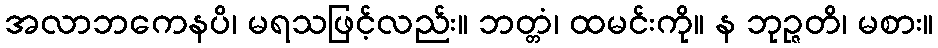
အလာဘကေနပိ၊ မရသဖြင့်လည်း။ ဘတ္တံ၊ ထမင်းကို။ န ဘုဉ္ဇတိ၊ မစား။